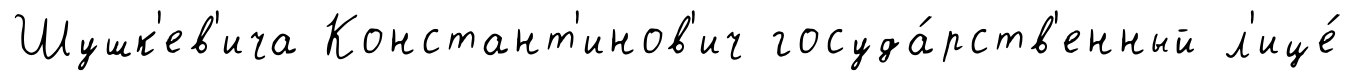
Шушк'ев'ича Констант'инов'ич госуда́рств'енный л'ице́